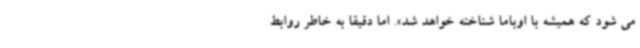
می شود که همیشه با اوباما شناخته خواهد شد». اما دقیقا به خاطر روابط